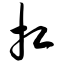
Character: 扛